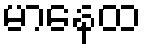
မာနေထ